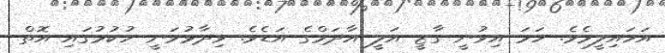
އަހައިލީމެވެ. ހަމަ އިވުނީ ގާޒީ އަލީ އާދަމްގެ އަޑެވެ. ވިދާޅުވަނީ ހުކުމުގައި އޮތް